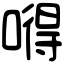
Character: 嘚